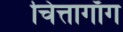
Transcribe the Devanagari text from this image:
चित्तागाँग